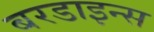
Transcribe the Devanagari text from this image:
बरडाइन्स